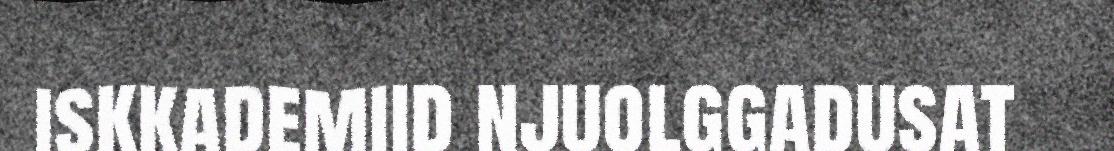
iskkademiid njuolggadusat